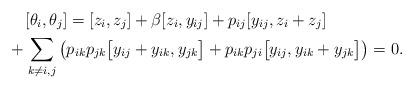
LaTeX: \begin{gather*}[\theta_i,\theta_j] = [z_i,z_j] + \beta [z_i, y_{ij}] + p_{ij} [y_{ij},z_i+z_j]\\ \hphantom{[\theta_i,\theta_j] = }{} + \sum_{k \not= i,j} \big(p_{ik} p_{jk} \big[y_{ij}+y_{ik}, y_{jk} \big]+p_{ik} p_{ji} \big[ y_{ij},y_{ik}+y_{jk} \big] \big) =0.\end{gather*}